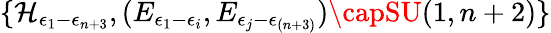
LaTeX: \{ \mathcal{H}_{\epsilon_{1}-\epsilon_{n+3}},(E_{\epsilon_{1}-\epsilon_{i}},E_{\epsilon_{j}-\epsilon_{(n+3)}})\capSU(1,n+2)\}